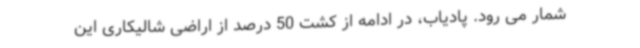
شمار می رود. پادیاب، در ادامه از کشت 50 درصد از اراضی شالیکاری این